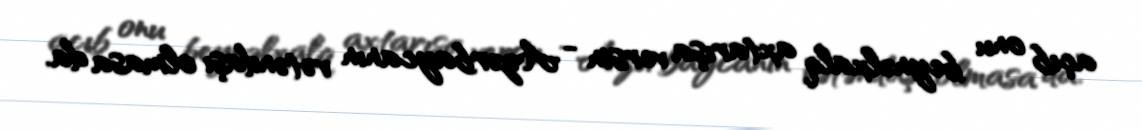
açıb onu beynəlxalq axtarışa versin - Azərbaycanın vətəndaşı olmasa da.